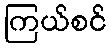
ကြယ်စင်